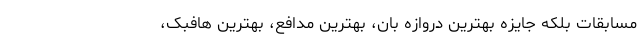
مسابقات بلکه جایزه بهترین دروازه بان، بهترین مدافع، بهترین هافبک،